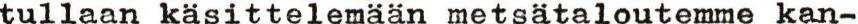
tullaan käsittelemään metsätaloutemme kan-